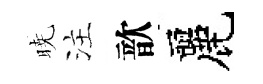
暁注歆麗